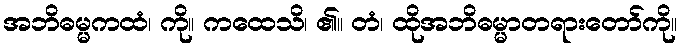
အဘိဓမ္မကထံ၊ ကို။ ကထေသိ၊ ၏။ တံ၊ ထိုအဘိဓမ္မာတရားတော်ကို။